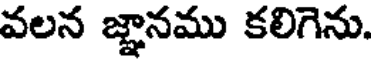
వలన జ్ఞానము కలిగెను.